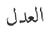
العدل